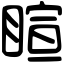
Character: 睻